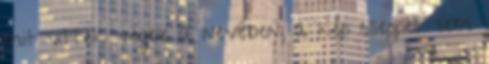
mit vittek végbe a nevében, a kép cseppet sem